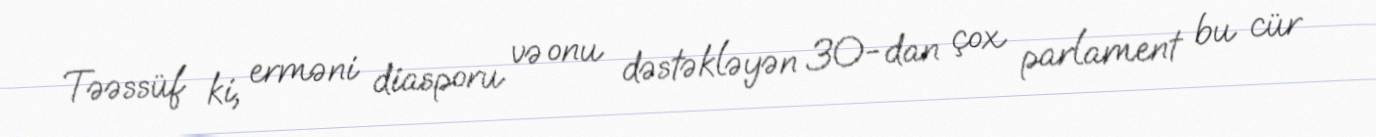
Təəssüf ki, erməni diasporu və onu dəstəkləyən 30-dan çox parlament bu cür